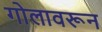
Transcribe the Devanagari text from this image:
गोलावरून